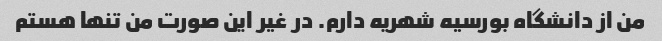
من از دانشگاه بورسیه شهریه دارم. در غیر این صورت من تنها هستم